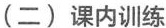
(二)课内训练